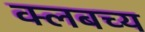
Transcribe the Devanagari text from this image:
क्लबच्य